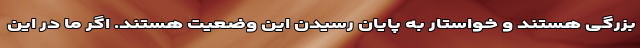
بزرگی هستند و خواستار به پایان رسیدن این وضعیت هستند. اگر ما در این